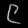
Digit: ၉